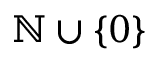
\mathbb { N } \cup \left\{ 0 \right\}